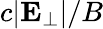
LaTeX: c|{\mathbf E}_{\bot}|/B